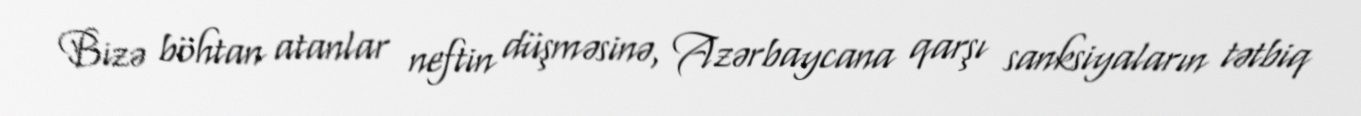
Bizə böhtan atanlar neftin düşməsinə, Azərbaycana qarşı sanksiyaların tətbiq